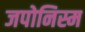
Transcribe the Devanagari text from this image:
जपोनिस्म